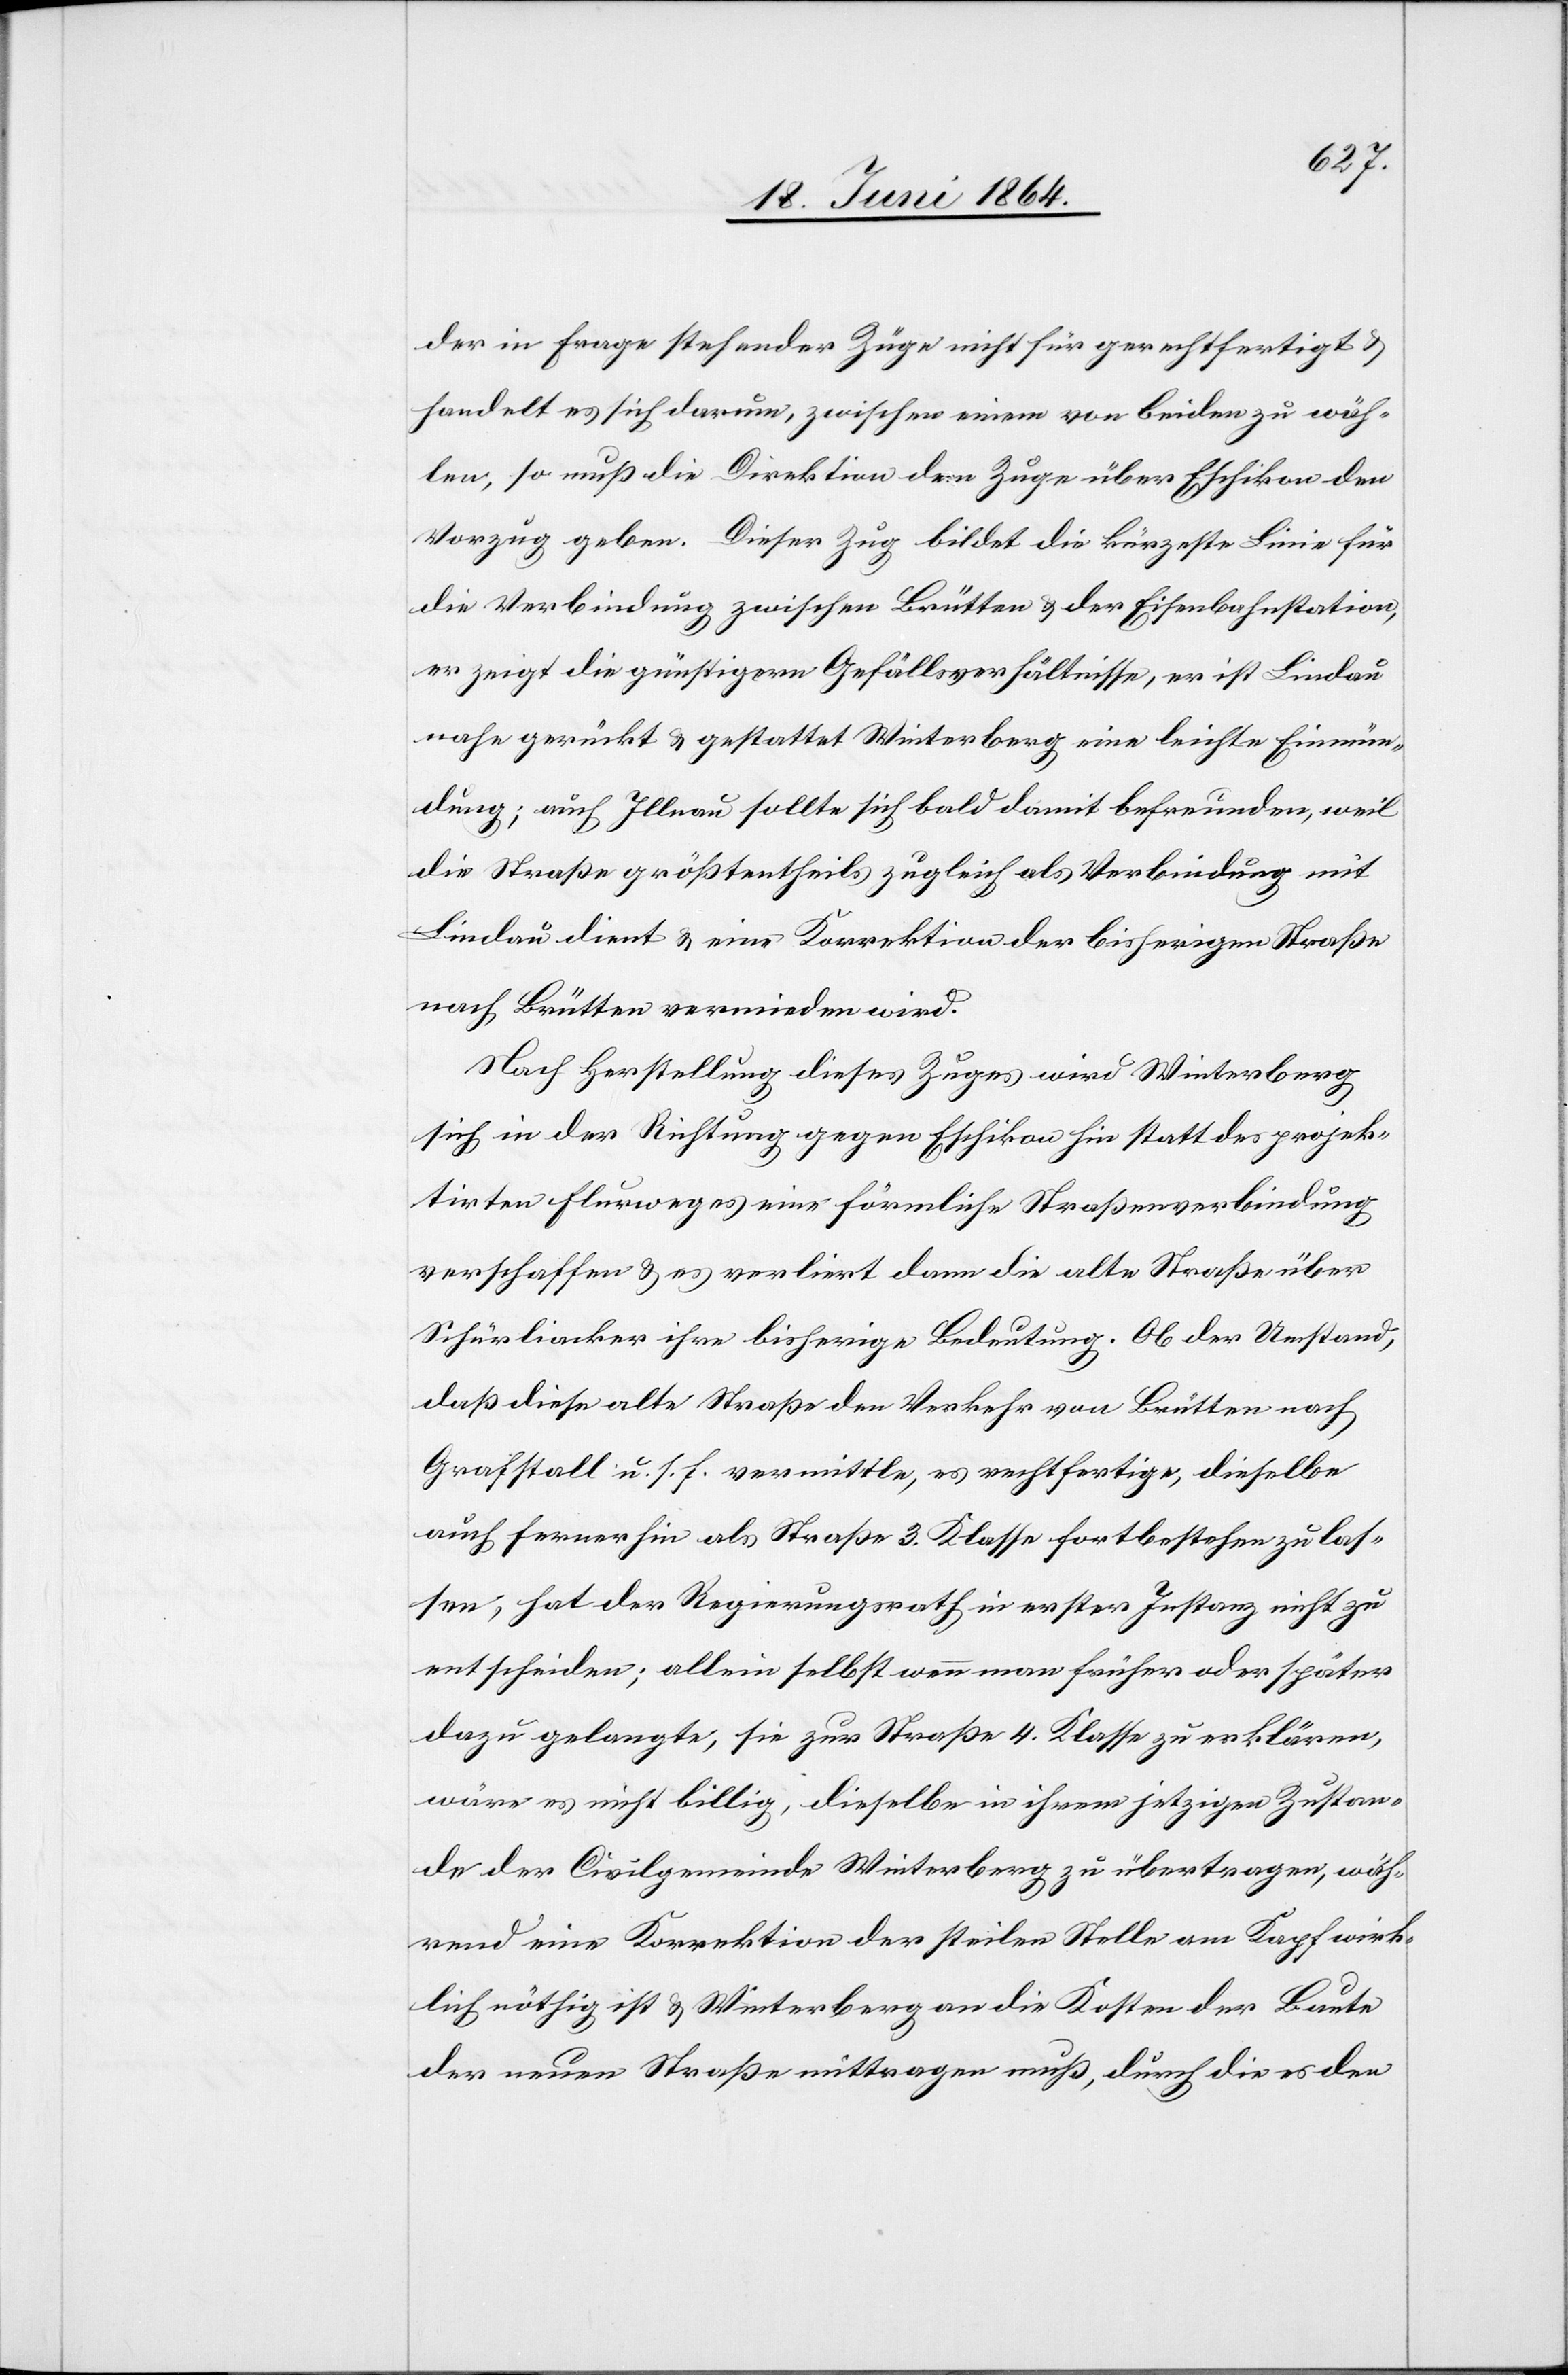
der in Frage stehender Züge nicht für gerechtfertigt u.
handelt es sich darum zwischen einem von beiden zu wäh¬
len, so muß die Direktion dem Zuge über Eschikon den
Vorzug geben. Dieser Zug bildet die kürzeste Linie für
die Verbindung zwischen Brütten u. der Eisenbahnstation,
er zeigt die günstigern Gefällsverhältnisse, er ist Lindau
nahe gerückt u. gestattet Winterberg eine leichte Einmün¬
dung; auch Illnau sollte sich bald damit befreunden, weil
die Straße größtentheils zugleich als Verbindung mit
Lindau dient u. eine Korrektion der bisherigen Straße
nach Brütten vermieden wird.
Nach Herstellung dieses Zuges wird Winterberg
sich in der Richtung gegen Eschikon hin statt des projek¬
tirten Flurweges eine förmliche Straßenverbindung
verschaffen u. es verliert dann die alte Straße über
Schürliacker ihre bisherige Bedeutung. Ob der Umstand,
daß diese alte Straße den Verkehr von Brütten nach
Grafstall u. s. f. vermittle, es rechtfertige, dieselbe
auch fernerhin als Straße 3. Klasse fortbestehen zu las¬
sen, hat der Regierungsrath in erster Instanz nicht zu
entscheiden; allein selbst wenn man früher oder später
dazu gelangte, sie zur Straße 4. Klasse zu erklären,
wäre es nicht billig, dieselbe in ihrem jetzigen Zustan¬
de der Civilgemeinde Winterberg zu übertragen, wäh¬
rend eine Korrektion der steilen Stelle am Kopf wirk¬
lich nöthig ist u. Winterberg an die Kosten der Baute
der neuen Straße mittragen muß, durch die es den